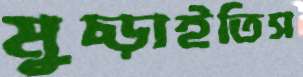
মুচ্‌ড়াইতিস